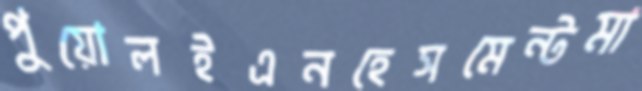
পুয়োলইএনহেসমেন্টমা